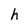
Character: h